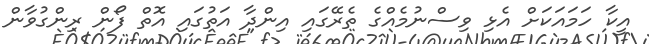
އީކާ ހަމައަކަށް އެޅި ވިސްނުމެއްގެ ތެރޭގައި އިންދާ އަތުގައި އޮތް ފޯން ރިންގުވާން